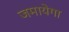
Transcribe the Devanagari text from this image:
जमायेगा